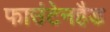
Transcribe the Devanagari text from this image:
फाउंटेनहैड